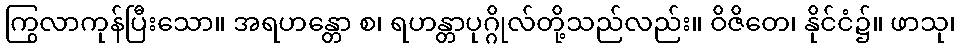
ကြွလာကုန်ပြီးသော။ အရဟန္တော စ၊ ရဟန္တာပုဂ္ဂိုလ်တို့သည်လည်း။ ဝိဇိတေ၊ နိုင်ငံ၌။ ဖာသု၊